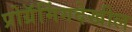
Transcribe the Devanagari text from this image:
प्रोग्रॅमिंगदेखील